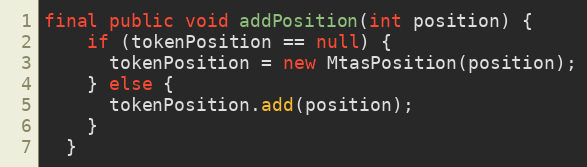
Language: Java
final public void addPosition(int position) {
    if (tokenPosition == null) {
      tokenPosition = new MtasPosition(position);
    } else {
      tokenPosition.add(position);
    }
  }